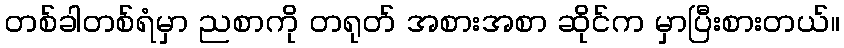
တစ်ခါတစ်ရံမှာ ညစာကို တရုတ် အစားအစာ ဆိုင်က မှာပြီးစားတယ်။